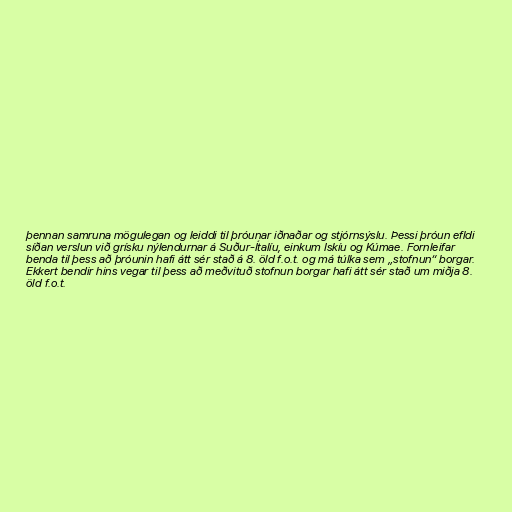
þennan samruna mögulegan og leiddi til þróunar iðnaðar og stjórnsýslu. Þessi þróun efldi
síðan verslun við grísku nýlendurnar á Suður-Ítalíu, einkum Iskíu og Kúmae. Fornleifar
benda til þess að þróunin hafi átt sér stað á 8. öld f.o.t. og má túlka sem „stofnun“ borgar.
Ekkert bendir hins vegar til þess að meðvituð stofnun borgar hafi átt sér stað um miðja 8.
öld f.o.t.